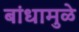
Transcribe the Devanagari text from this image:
बांधामुळे